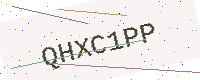
Text: QHXC1PP